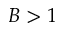
B > 1